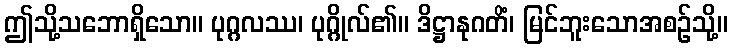
ဤသို့သဘောရှိသော။ ပုဂ္ဂလဿ၊ ပုဂ္ဂိုလ်၏။ ဒိဋ္ဌာနုဂတိံ၊ မြင်ဘူးသောအစဉ်သို့။